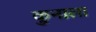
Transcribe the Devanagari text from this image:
कुनाला